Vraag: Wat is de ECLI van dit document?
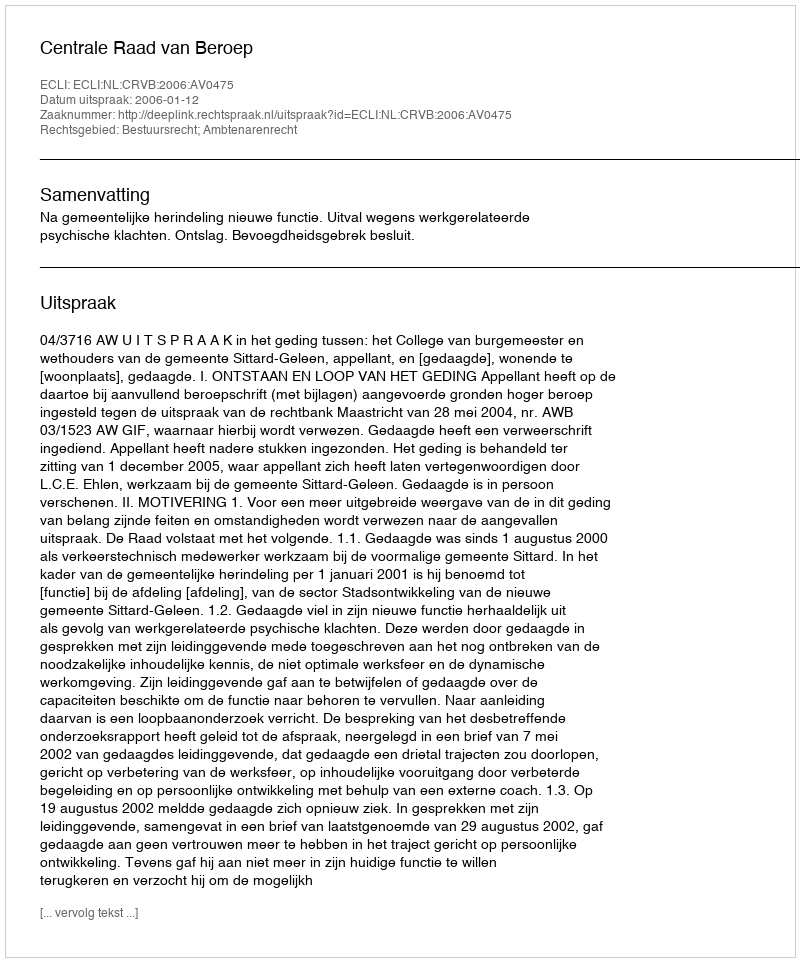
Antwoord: ECLI:NL:CRVB:2006:AV0475